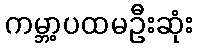
ကမ္ဘာ့ပထမဦးဆုံး